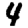
Digit: 4